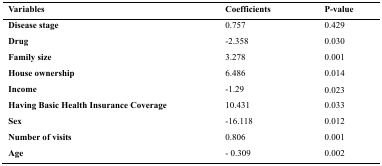
| Variables | Coefficients | P-value |
 | --- | --- | --- |
 | Disease stage | 0.757 | 0.429 |
 | Drug | -2.358 | 0.030 |
 | Family size | 3.278 | 0.001 |
 | House ownership | 6.486 | 0.014 |
 | Income | -1.29 | 0.023 |
 | Having Basic Health Insurance Coverage | 10.431 | 0.033 |
 | Sex | -16.118 | 0.012 |
 | Number of visits | 0.806 | 0.001 |
 | Age | - 0.309 | 0.002 |